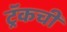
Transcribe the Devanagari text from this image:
ट्रॅकची